Vaccination in Bombay 1869-1873 - 1869-1873
Year: 1869
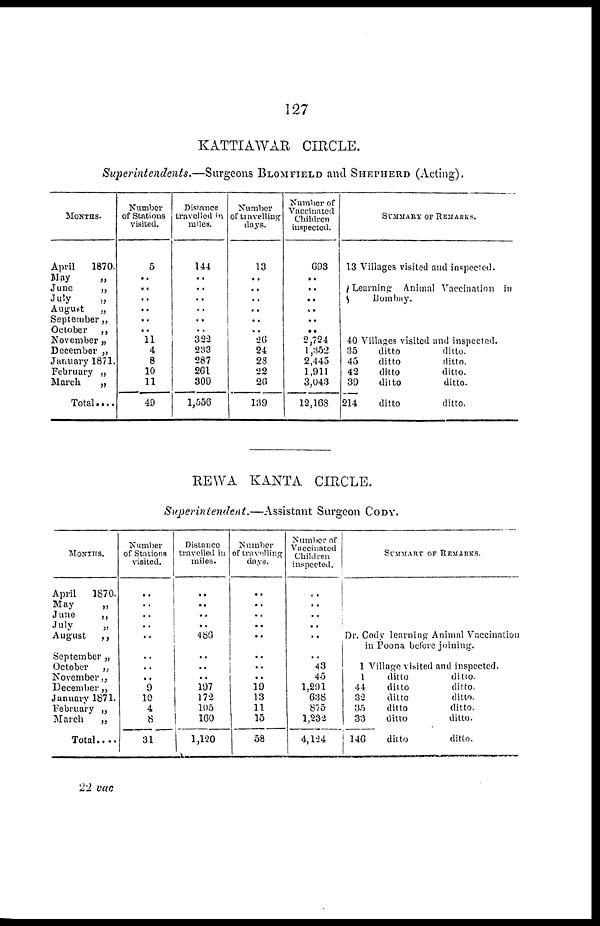
127
KATTIAWAR CIRCLE.
Superintendents.—Surgeons BLOMFIELD and SHEPHERD (Acting).
MONTHS.
April
1870.
May
„
June
„
July
„
August
„
September „
October
„
November „
December „
January 1871.
February „
March
„
Total....
Number
of Stations
visited.
5
..
..
..
..
..
..
11
4
8
10
11
49
Distance
travelled in
miles.
144
..
..
..
..
..
..
322
233
287
261
309
1,556
Number
of travelling
days.
13
..
..
..
..
..
..
26
24
28
22
26
139
Number of
Vaccinated
Children
inspected.
693
..
..
..
..
..
..
2,724
1,352
2,445
1,911
3,043
12,168
SUMMARY OF REMARKS.
13 Villages visited and inspected.
Learning Animal Vaccination in
Bombay.
40 Villages visited and inspected.
35
ditto
ditto.
45
ditto
ditto.
42
ditto
ditto.
39
ditto
ditto.
214
ditto
ditto.
REWA KANTA CIRCLE.
Superintendent.—Assistant Surgeon CODY.
MONTHS.
April
1870.
May
„
June
„
July
„
August
„
September „
October
„
November„
December„
January 1871.
February „
March
„
Total.. ..
Number
of Stations
visited.
..
..
..
..
..
..
..
..
9
10
4
8
31
Distance
travelled in
miles.
..
..
..
..
486
..
..
..
197
172
105
160
1,120
Number
of travelling
days.
..
..
..
..
..
..
..
..
19
13
11
15
58
Number of
Vaccinated
Children
inspected.
..
..
..
..
..
..
43
45
1,291
638
875
1,232
4,124
SUMMARY OF REMARKS.
Dr. Cody learning Animal Vaccination
in Poona before joining.
1 Village visited and inspected.
1
ditto
ditto.
44
ditto
ditto.
32
ditto
ditto.
35
ditto
ditto.
33
ditto
ditto.
146
ditto
ditto.
22 vac